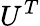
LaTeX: U^{T}